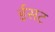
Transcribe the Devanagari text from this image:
ईसट